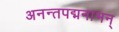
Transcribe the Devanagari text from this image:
अनन्तपद्मनाभन्